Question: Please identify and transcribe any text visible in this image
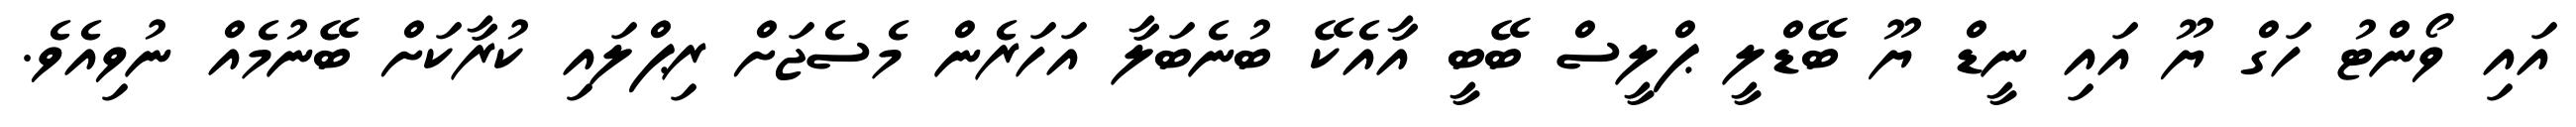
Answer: އައި ވޯންޓު ހަގް ޔޫ އައި ނީޑް ޔޫ ބޭޑްލީ ޕްލީސް ބޭބީ އާއެކޭ ބުނެބަލާ އަހަރެން މެސެޖަށް ރިޕްލައި ކުރާކަށް ބޭނުމެއް ނުވިއެވެ.